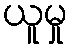
ယူမှု